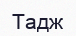
Тадж